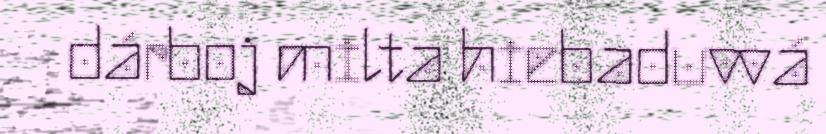
dárboj milta hiebaduvvá